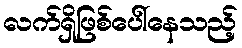
လက်ရှိဖြစ်ပေါ်နေသည့်